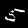
Digit: 5